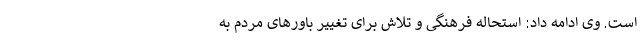
است. وی ادامه داد: استحاله فرهنگی و تلاش برای تغییر باورهای مردم به